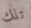
تلك